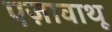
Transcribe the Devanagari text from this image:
एज़ावाथू